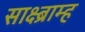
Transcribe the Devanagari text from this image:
साक्ष्ब्राम्ह